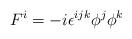
LaTeX: \begin{align*}F^i=-i\epsilon^{ijk}\phi^j\phi^k\end{align*}